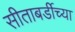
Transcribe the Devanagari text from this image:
सीताबर्डीच्या